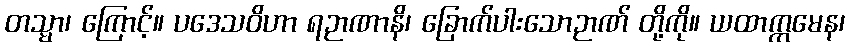
တသ္မာ၊ ကြောင့်။ ပဒေသဝိဟာ ရဉာဏာနိ၊ ခြောက်ပါးသောဉာဏ် တို့ကို။ ယထာက္ကမေန၊